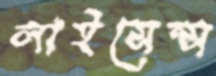
লাইসেন্স